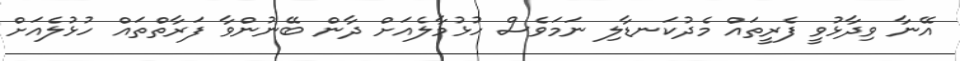
އޭނާ ވިދާޅުވީ ފެރީތައް މެދުކަނޑާލި ނަމަވެސް ހުޅުމާލެއަށް ދާން ބޭނުންވާ ފަރާތްތައް ހުޅުލެއަށް